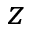
z